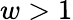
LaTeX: w>1